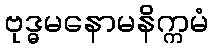
ဗုဒ္ဓမနောမနိက္ကမံ